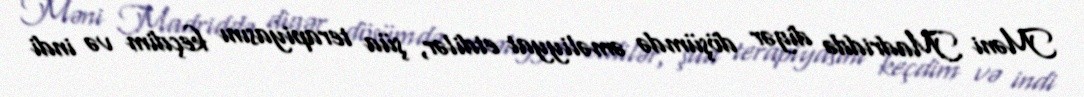
Məni Madriddə digər döşümdə əməliyyat etdilər, şüa terapiyasını keçdim və indi